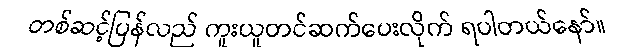
တစ်ဆင့်ပြန်လည် ကူးယူတင်ဆက်ပေးလိုက် ရပါတယ်နော်။